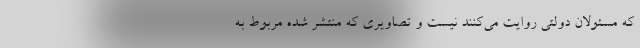
که مسئولان دولتی روایت می‌کنند نیست و تصاویری که منتشر شده مربوط به